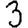
Digit: 3